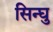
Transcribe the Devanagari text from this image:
सिन्घु